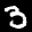
Label: 3